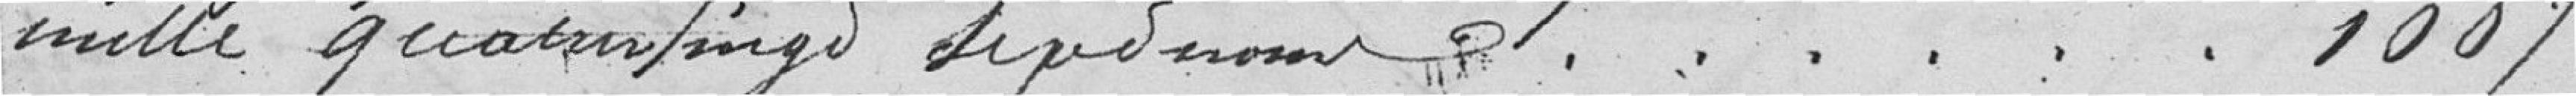
mille quatre vingt sept noms...............1.087